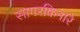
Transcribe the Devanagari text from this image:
सागरकिनारे